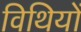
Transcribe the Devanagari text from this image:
विथियों